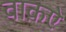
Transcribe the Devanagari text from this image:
वाक़ऐ